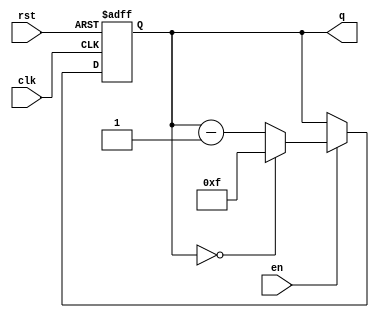
module binary_down_counter #(parameter N = 4) (
    input wire clk,          // Clock signal
    input wire rst,         // Asynchronous reset signal
    input wire en,          // Enable signal
    output reg [N-1:0] q    // N-bit counter output
);

    // Maximum count value for N-bit counter
    localparam MAX_COUNT = (1 << N) - 1; // 2^N - 1

    // Always block triggered on the rising edge of the clock
    always @(posedge clk or posedge rst) begin
        if (rst) begin
            // Asynchronous reset: Set counter to maximum value
            q <= MAX_COUNT;
        end else if (en) begin
            // Enable is asserted: Decrement the counter
            if (q == 0) begin
                // Underflow condition: Wrap around to maximum value
                q <= MAX_COUNT;
            end else begin
                // Decrement the counter
                q <= q - 1;
            end
        end
        // If enable is not asserted, the counter retains its current value
    end

endmodule